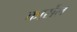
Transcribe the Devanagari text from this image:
कार्सेल